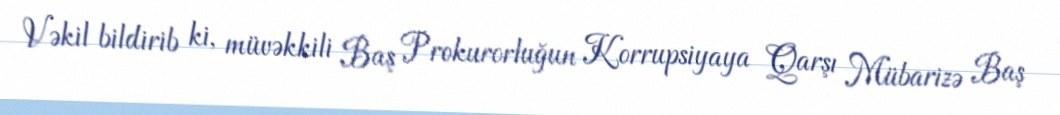
Vəkil bildirib ki, müvəkkili Baş Prokurorluğun Korrupsiyaya Qarşı Mübarizə Baş